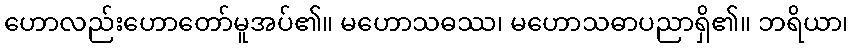
ဟောလည်းဟောတော်မူအပ်၏။ မဟောသဓဿ၊ မဟောသဓာပညာရှိ၏။ ဘရိယာ၊